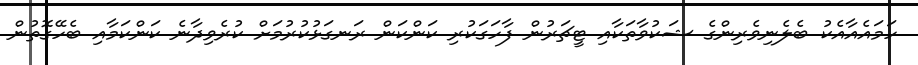
ހަމައެއާއެކު ބެލެނިވެރިންގެ ޝަކުވާތަކާއި ޓީޗަރުން ފާހަގަކުރި ކަންކަން ރަނގަޅުކުރުމަށް ކުރެވިދާނެ ކަންކަމާއި ބެހޭގޮތުން